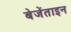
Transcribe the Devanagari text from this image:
बेजेंताइन